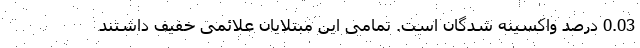
0.03 درصد واکسینه شدگان است. تمامی این مبتلایان علائمی خفیف داشتند